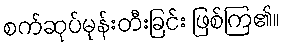
စက်ဆုပ်မုန်းတီးခြင်း ဖြစ်ကြ၏။